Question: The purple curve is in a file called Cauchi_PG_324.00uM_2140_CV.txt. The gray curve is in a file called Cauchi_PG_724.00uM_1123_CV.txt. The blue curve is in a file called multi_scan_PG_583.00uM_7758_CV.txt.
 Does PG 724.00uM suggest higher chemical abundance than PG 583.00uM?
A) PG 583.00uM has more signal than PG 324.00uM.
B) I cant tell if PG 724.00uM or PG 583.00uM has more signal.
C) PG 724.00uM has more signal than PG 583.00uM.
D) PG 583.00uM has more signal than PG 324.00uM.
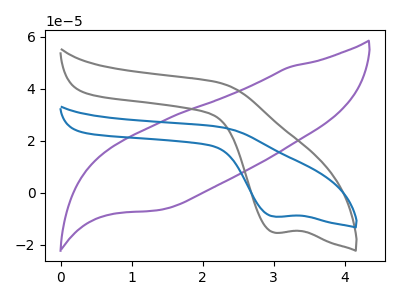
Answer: <think>The purple curve "PG 324.00uM" has no peaks. The gray curve "PG 724.00uM" has a cathodic peak at: (3.00V, -15.35uA). The blue curve "PG 583.00uM" has a cathodic peak at: (3.00V, -9.20uA).
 All the peaks in "PG 724.00uM" have a peak in "PG 583.00uM" at the same potential. Every peak in "PG 724.00uM" is higher than every peak in "PG 583.00uM".</think>
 <answer>C) "PG 724.00uM" has more signal than "PG 583.00uM".</answer>
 <eval>C</eval>